Annual report of the Imperial Bacteriological Laboratory, Muktesar
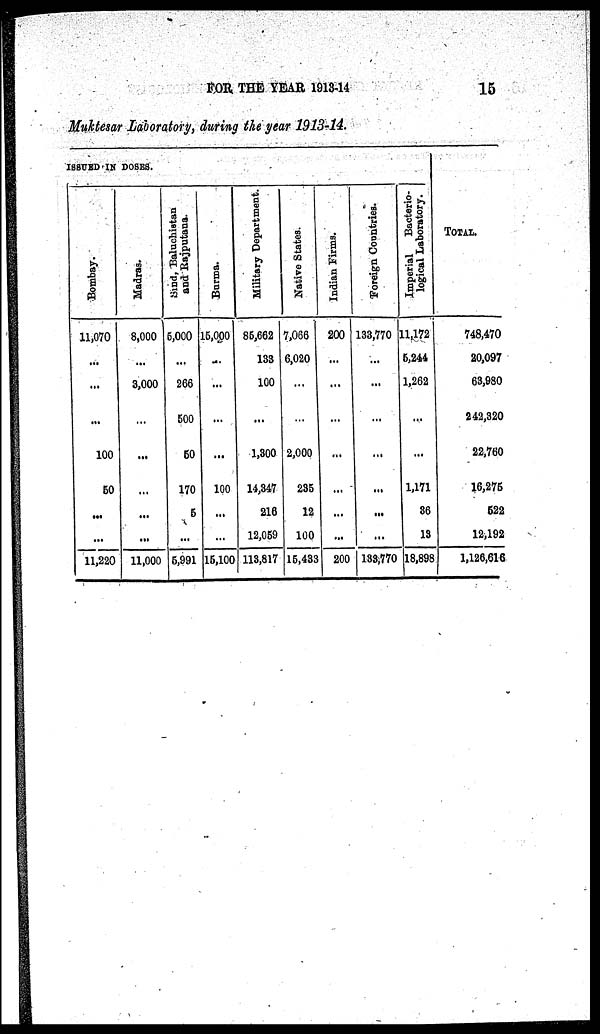
FOR THE YEAR 1913-14
15
Muktesar Laboratory, during the year 1913-14.
ISSUED-IN D0SES.
Bombay.
11,070
...
...
...
100
5O
...
. . .
11,220
Madras.
8,000
...
3,000
...
...
...
...
...
11,000
Sind, Baluchistan
and Rajputana.
5,000
...
266
500
50
170
5
. . .
5,991
Burma.
15,000
...
...
. . .
...
100
...
...
15,100
Military Department.
85,662
133
100
. . .
1,300
14,347
216
12,059
113,817
Native States.
7,066
6,020
...
...
2,000
235
12
100
15,433
Indian Firms.
200
...
...
...
...
...
...
...
200
Foreign Countries.
133,770
...
. . .
...
. . .
. . .
. . .
...
133,770
Imperial Bacterio-
logical Laboratory.
11,172
5,244
1,262
. . .
. . .
1,171
36
13
118,898
TOTAL.
748,470
20,097
63,980
242,320
22,760
16,275
522
12,192
1,126,616